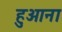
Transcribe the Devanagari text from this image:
हुआना